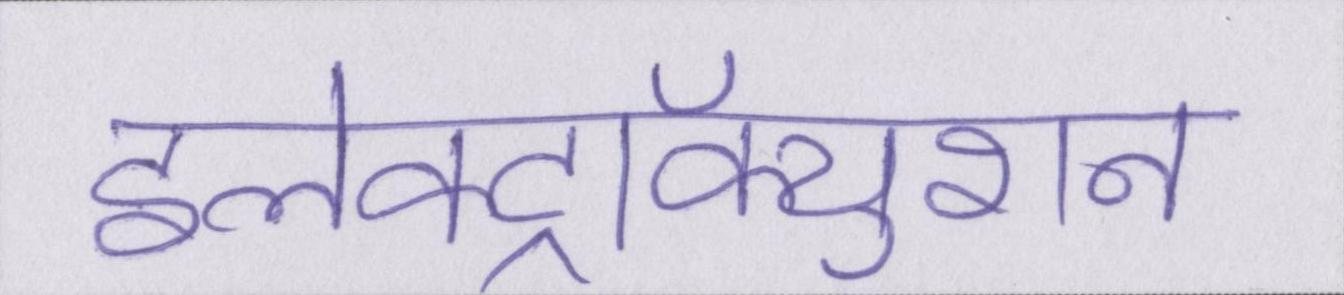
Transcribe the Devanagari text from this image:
इलेक्ट्रॉक्युशन